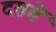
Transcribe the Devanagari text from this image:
दसमें